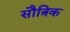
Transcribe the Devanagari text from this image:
सौत्रिक